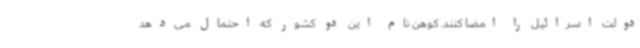
دولت اسرائیل را امضا کنند. کوهن نام این دو کشور که احتمال می‌دهد